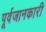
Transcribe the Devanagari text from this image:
पूर्वजानकारी